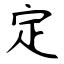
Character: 定